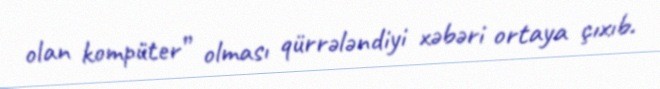
olan kompüter” olması qürrələndiyi xəbəri ortaya çıxıb.